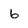
Character: 6